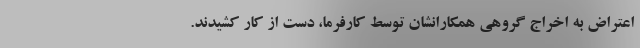
اعتراض به اخراج گروهیِ همکارانشان توسط کارفرما، دست از کار کشیدند.